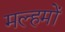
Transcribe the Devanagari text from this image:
मल्हमों